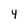
Character: 4